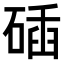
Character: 𥓾